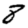
Digit: 8